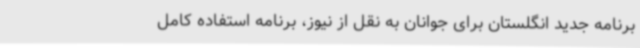
برنامه جدید انگلستان برای جوانان به نقل از نیوز، برنامه استفاده کامل